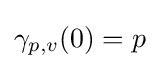
\gamma _{p,v}(0)=p